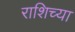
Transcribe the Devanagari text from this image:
राशिच्या